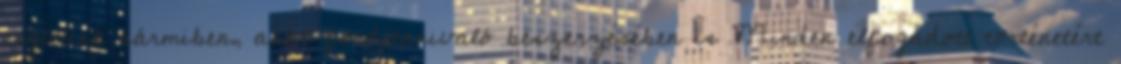
segítünk bármiben, akár fordítanivaló beszerzésében is Minden elfogadott történetért